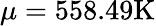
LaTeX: \mu=558.49\mathrm{K}